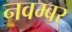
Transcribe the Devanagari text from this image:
नवम्बर्